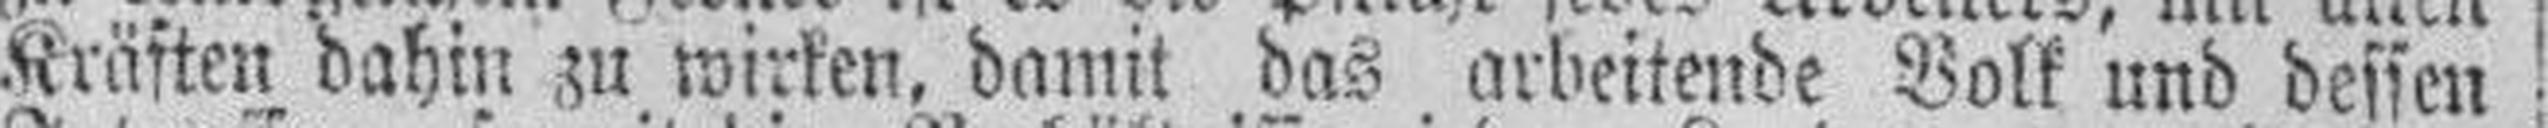
Kräften dahin zu wirken, damit das arbeitende Volk und dessen